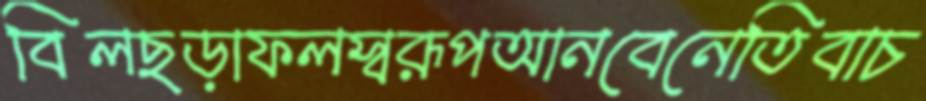
বিলছড়াফলস্বরূপআনবেনেতিবাচ